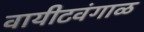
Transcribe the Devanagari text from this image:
वायीटवंगाळ